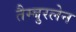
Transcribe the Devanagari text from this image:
तैम्बुरलेन